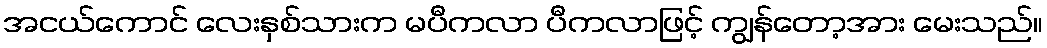
အငယ်ကောင် လေးနှစ်သားက မပီကလာ ပီကလာဖြင့် ကျွန်တော့အား မေးသည်။